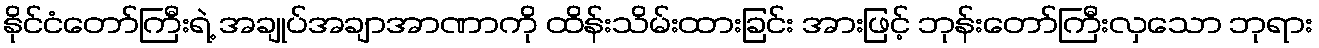
နိုင်ငံတော်ကြီးရဲ့ အချုပ်အချာအာဏာကို ထိန်းသိမ်းထားခြင်း အားဖြင့် ဘုန်းတော်ကြီးလှသော ဘုရား